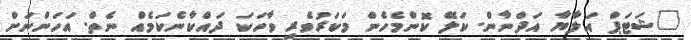
"ޝަޓަޕް އަލާޔާ އަދްނާން. ކަލޭ ކޮންމެހެން މަކަރުވެރި ވާހަކަ ދައްކާނެކަމެއް ނެތް. އަހަންނަށް